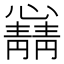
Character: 𫻛